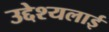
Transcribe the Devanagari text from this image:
उद्देश्यलाई